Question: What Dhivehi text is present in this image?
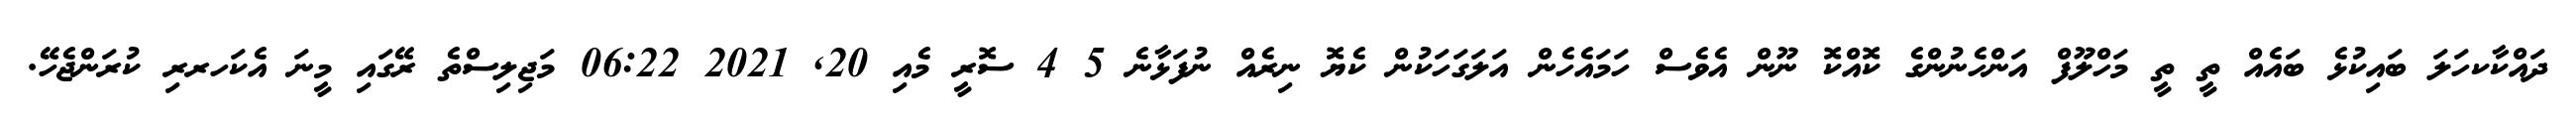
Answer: ދައްކާކހަލަ ބައިކުޅެ ބައެއް ތީ ތީ މަހްލޫފް އަންހެނުންގެ ކޮއްކޮ ނޫން އެވެސް ހަމައެހެން އަލަގަހަކުން ކެޔޮ ނިރެއް ނުފަޅާނެ 5 4 ސޮރީ މެއި 20, 2021 06:22 މަޖިލިސްތެ ރޭގައި މީނަ އެކަހރރި ކުރަންޖެހޭ.